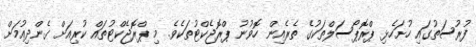
ފުރުސަތުގައި ހުށަހެޅި ޕްރޮޕޯސަލްތަކުގެ ތެރެއިން ހޮވުނު ޕްރޮޖެކްޓުތަކެވެ. މި ޕްރޮޖެކްޓުތައް ކުރިއަށް ގެންދިއުމަށް